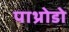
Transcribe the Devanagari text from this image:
पाथ्रोडो